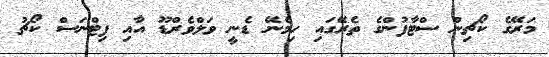
މަރޭގެ ކޯޗިން ސްޓާފުންގެ ތެރޭގައި ހިމެނޭ ޑެނީ ވަލްވެރްޑޫ އާއި ފިޓްނަސް ކޯޗު